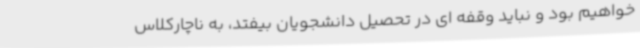
خواهیم بود و نباید وقفه ای در تحصیل دانشجویان بیفتد، به ناچارکلاس